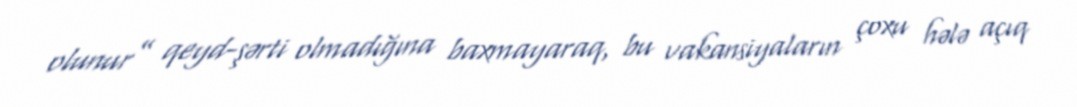
olunur” qeyd-şərti olmadığına baxmayaraq, bu vakansiyaların çoxu hələ açıq